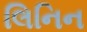
લિનિન